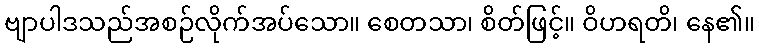
ဗျာပါဒသည်အစဉ်လိုက်အပ်သော။ စေတသာ၊ စိတ်ဖြင့်။ ဝိဟရတိ၊ နေ၏။